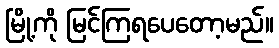
မြို့ကို မြင်ကြရပေတော့မည်။